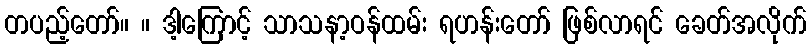
တပည့်တော်။ ။ ဒါ့ကြောင့် သာသနာ့ဝန်ထမ်း ရဟန်းတော် ဖြစ်လာရင် ခေတ်အလိုက်